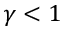
\gamma < 1